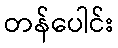
တန်ပေါင်း